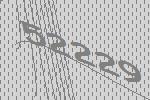
52229